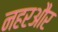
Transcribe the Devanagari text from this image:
नहरऔर